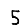
Digit: 5